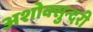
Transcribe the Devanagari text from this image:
अशोक्सुन्दरी